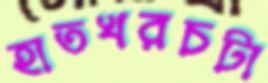
হাতখরচটা